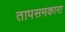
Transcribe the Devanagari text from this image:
तापसमकारा